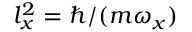
l _ { x } ^ { 2 } = \hbar / ( m \omega _ { x } )